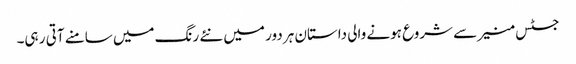
جسٹس منیر سے شروع ہونے والی داستان ہر دور میں نئے رنگ میں سامنے آتی ر ہی۔